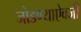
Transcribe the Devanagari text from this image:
जोडण्याऐवजी